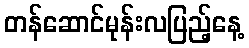
တန်ဆောင်မုန်းလပြည့်နေ့